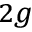
_ { 2 g }